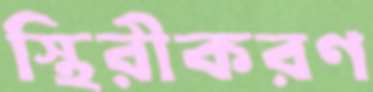
স্থিরীকরণ